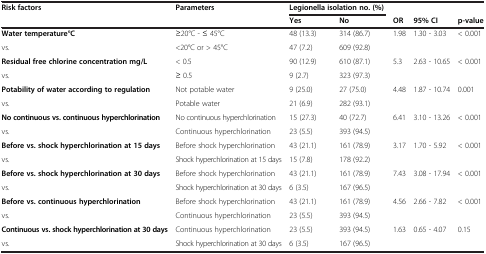
<table><thead><tr><td><b>Risk factors</b></td><td><b>Parameters</b></td><td colspan="2"><b>Legionella isolation no. (%)</b></td><td colspan="3"><b> </b></td></tr><tr><td><b> </b></td><td><b> </b></td><td><b>Yes</b></td><td><b>No</b></td><td><b>OR</b></td><td><b>95% CI</b></td><td><b>p-value</b></td></tr></thead><tbody><tr><td><b>Water temperature°C</b></td><td>≥20°C - ≤ 45°C</td><td>48 (13.3)</td><td>314 (86.7)</td><td rowspan="2">1.98</td><td rowspan="2">1.30 - 3.03</td><td rowspan="2">&lt; 0.001</td></tr><tr><td>vs.</td><td>&lt;20°C or &gt; 45°C</td><td>47 (7.2)</td><td>609 (92.8)</td></tr><tr><td><b>Residual free chlorine concentration mg/L</b></td><td>&lt; 0.5</td><td>90 (12.9)</td><td>610 (87.1)</td><td rowspan="2">5.3</td><td rowspan="2">2.63 - 10.65</td><td rowspan="2">&lt; 0.001</td></tr><tr><td>vs.</td><td>≥ 0.5</td><td>9 (2.7)</td><td>323 (97.3)</td></tr><tr><td><b>Potability of water according to regulation</b></td><td>Not potable water</td><td>9 (25.0)</td><td>27 (75.0)</td><td rowspan="2">4.48</td><td rowspan="2">1.87 - 10.74</td><td rowspan="2">0.001</td></tr><tr><td>vs.</td><td>Potable water</td><td>21 (6.9)</td><td>282 (93.1)</td></tr><tr><td><b>No continuous vs. continuous hyperchlorination</b></td><td>No continuous hyperchlorination</td><td>15 (27.3)</td><td>40 (72.7)</td><td rowspan="2">6.41</td><td rowspan="2">3.10 - 13.26</td><td rowspan="2">&lt; 0.001</td></tr><tr><td>vs.</td><td>Continuous hyperchlorination</td><td>23 (5.5)</td><td>393 (94.5)</td></tr><tr><td><b>Before vs. shock hyperchlorination at 15 days</b></td><td>Before shock hyperchlorination</td><td>43 (21.1)</td><td>161 (78.9)</td><td rowspan="2">3.17</td><td rowspan="2">1.70 - 5.92</td><td rowspan="2">&lt; 0.001</td></tr><tr><td>vs.</td><td>Shock hyperchlorination at 15 days</td><td>15 (7.8)</td><td>178 (92.2)</td></tr><tr><td><b>Before vs. shock hyperchlorination at 30 days</b></td><td>Before shock hyperchlorination</td><td>43 (21.1)</td><td>161 (78.9)</td><td rowspan="2">7.43</td><td rowspan="2">3.08 - 17.94</td><td rowspan="2">&lt; 0.001</td></tr><tr><td>vs.</td><td>Shock hyperchlorination at 30 days</td><td>6 (3.5)</td><td>167 (96.5)</td></tr><tr><td><b>Before vs. continuous hyperchlorination</b></td><td>Before shock hyperchlorination</td><td>43 (21.1)</td><td>161 (78.9)</td><td rowspan="2">4.56</td><td rowspan="2">2.66 - 7.82</td><td rowspan="2">&lt; 0.001</td></tr><tr><td>vs.</td><td>Continuous hyperchlorination</td><td>23 (5.5)</td><td>393 (94.5)</td></tr><tr><td><b>Continuous vs. shock hyperchlorination at 30 days</b></td><td>Continuous hyperchlorination</td><td>23 (5.5)</td><td>393 (94.5)</td><td>1.63</td><td>0.65 - 4.07</td><td>0.15</td></tr><tr><td>vs.</td><td>Shock hyperchlorination at 30 days</td><td>6 (3.5)</td><td>167 (96.5)</td><td> </td><td> </td><td> </td></tr></tbody></table>